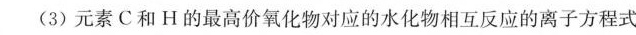
(3)元素C和H的最高价氧化物对应的水化物相互反应的离子方程式